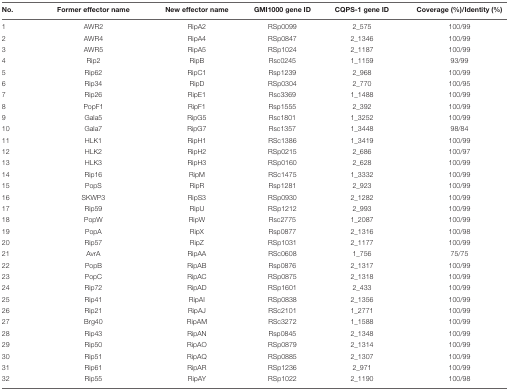
<table><thead><tr><td><b>No.</b></td><td><b>Former effector name</b></td><td><b>New effector name</b></td><td><b>GMI1000 gene ID</b></td><td><b>CQPS-1 gene ID</b></td><td><b>Coverage (%)/Identity (%)</b></td></tr></thead><tbody><tr><td>1</td><td>AWR2</td><td>RipA2</td><td>RSp0099</td><td>2_575</td><td>100/99</td></tr><tr><td>2</td><td>AWR4</td><td>RipA4</td><td>RSp0847</td><td>2_1346</td><td>100/99</td></tr><tr><td>3</td><td>AWR5</td><td>RipA5</td><td>RSp1024</td><td>2_1187</td><td>100/99</td></tr><tr><td>4</td><td>Rip2</td><td>RipB</td><td>Rsc0245</td><td>1_1159</td><td>93/99</td></tr><tr><td>5</td><td>Rip62</td><td>RipC1</td><td>Rsp1239</td><td>2_968</td><td>100/99</td></tr><tr><td>6</td><td>Rip34</td><td>RipD</td><td>RSp0304</td><td>2_770</td><td>100/95</td></tr><tr><td>7</td><td>Rip26</td><td>RipE1</td><td>Rsc3369</td><td>1_1488</td><td>100/99</td></tr><tr><td>8</td><td>PopF1</td><td>RipF1</td><td>Rsp1555</td><td>2_392</td><td>100/99</td></tr><tr><td>9</td><td>Gala5</td><td>RipG5</td><td>Rsc1801</td><td>1_3252</td><td>100/99</td></tr><tr><td>10</td><td>Gala7</td><td>RipG7</td><td>Rsc1357</td><td>1_3448</td><td>98/84</td></tr><tr><td>11</td><td>HLK1</td><td>RipH1</td><td>RSc1386</td><td>1_3419</td><td>100/99</td></tr><tr><td>12</td><td>HLK2</td><td>RipH2</td><td>RSp0215</td><td>2_686</td><td>100/97</td></tr><tr><td>13</td><td>HLK3</td><td>RipH3</td><td>RSp0160</td><td>2_628</td><td>100/99</td></tr><tr><td>14</td><td>Rip16</td><td>RipM</td><td>RSc1475</td><td>1_3332</td><td>100/99</td></tr><tr><td>15</td><td>PopS</td><td>RipR</td><td>Rsp1281</td><td>2_923</td><td>100/99</td></tr><tr><td>16</td><td>SKWP3</td><td>RipS3</td><td>RSp0930</td><td>2_1282</td><td>100/99</td></tr><tr><td>17</td><td>Rip59</td><td>RipU</td><td>RSp1212</td><td>2_993</td><td>100/99</td></tr><tr><td>18</td><td>PopW</td><td>RipW</td><td>Rsc2775</td><td>1_2087</td><td>100/99</td></tr><tr><td>19</td><td>PopA</td><td>RipX</td><td>Rsp0877</td><td>2_1316</td><td>100/98</td></tr><tr><td>20</td><td>Rip57</td><td>RipZ</td><td>RSp1031</td><td>2_1177</td><td>100/99</td></tr><tr><td>21</td><td>AvrA</td><td>RipAA</td><td>RSc0608</td><td>1_756</td><td>75/75</td></tr><tr><td>22</td><td>PopB</td><td>RipAB</td><td>Rsp0876</td><td>2_1317</td><td>100/99</td></tr><tr><td>23</td><td>PopC</td><td>RipAC</td><td>RSp0875</td><td>2_1318</td><td>100/99</td></tr><tr><td>24</td><td>Rip72</td><td>RipAD</td><td>RSp1601</td><td>2_433</td><td>100/99</td></tr><tr><td>25</td><td>Rip41</td><td>RipAI</td><td>RSp0838</td><td>2_1356</td><td>100/99</td></tr><tr><td>26</td><td>Rip21</td><td>RipAJ</td><td>RSc2101</td><td>1_2771</td><td>100/99</td></tr><tr><td>27</td><td>Brg40</td><td>RipAM</td><td>RSc3272</td><td>1_1588</td><td>100/99</td></tr><tr><td>28</td><td>Rip43</td><td>RipAN</td><td>Rsp0845</td><td>2_1348</td><td>100/99</td></tr><tr><td>29</td><td>Rip50</td><td>RipAO</td><td>RSp0879</td><td>2_1314</td><td>100/99</td></tr><tr><td>30</td><td>Rip51</td><td>RipAQ</td><td>RSp0885</td><td>2_1307</td><td>100/99</td></tr><tr><td>31</td><td>Rip61</td><td>RipAR</td><td>RSp1236</td><td>2_971</td><td>100/99</td></tr><tr><td>32</td><td>Rip55</td><td>RipAY</td><td>RSp1022</td><td>2_1190</td><td>100/98</td></tr></tbody></table>